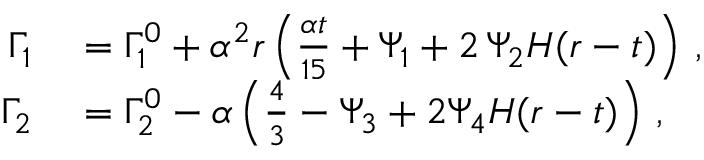
\begin{array} { r l } { \Gamma _ { 1 } } & { { } = \Gamma _ { 1 } ^ { 0 } + \alpha ^ { 2 } r \left( \frac { \alpha t } { 1 5 } + \Psi _ { 1 } + 2 \, \Psi _ { 2 } H ( r - t ) \right) \, , } \\ { \Gamma _ { 2 } } & { { } = \Gamma _ { 2 } ^ { 0 } - \alpha \left( \frac { 4 } { 3 } - \Psi _ { 3 } + 2 \Psi _ { 4 } H ( r - t ) \right) \, , } \end{array}